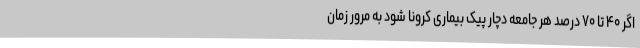
اگر ۴۰ تا ۷۰ درصد هر جامعه دچار پیک بیماری کرونا شود به مرور زمان